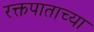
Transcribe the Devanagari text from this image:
रक्तपाताच्या